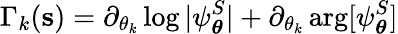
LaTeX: \Gamma_{k}(\mathbf{s})=\partial_{\theta_{k}}\log|\psi_{\boldsymbol\theta}^{S}|+\partial_{\theta_{k}}\arg[\psi_{\boldsymbol\theta}^{S}]